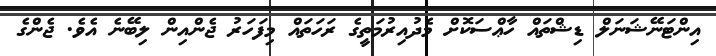
އިންޓަނޭޝަނަލް ޑިޝްތައް ހާޢްސަކޮށް މެދުއިރުމަތީގެ ރަހަތައް މިފަހަރު ޖެންއިން ލިބޭނެ އެވެ. ޖެންގެ